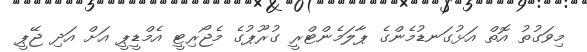
މިވަގުތު އޮތް އަޅުގަނޑުމެންގެ ޕާލަމެންޓްރީ ގުރޫޕުގެ މެޖޯރިޓީ އެމްޑީޕީ އަށް އަދި ޖޭޕީ